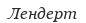
Лендерт